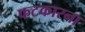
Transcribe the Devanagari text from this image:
फटकारना